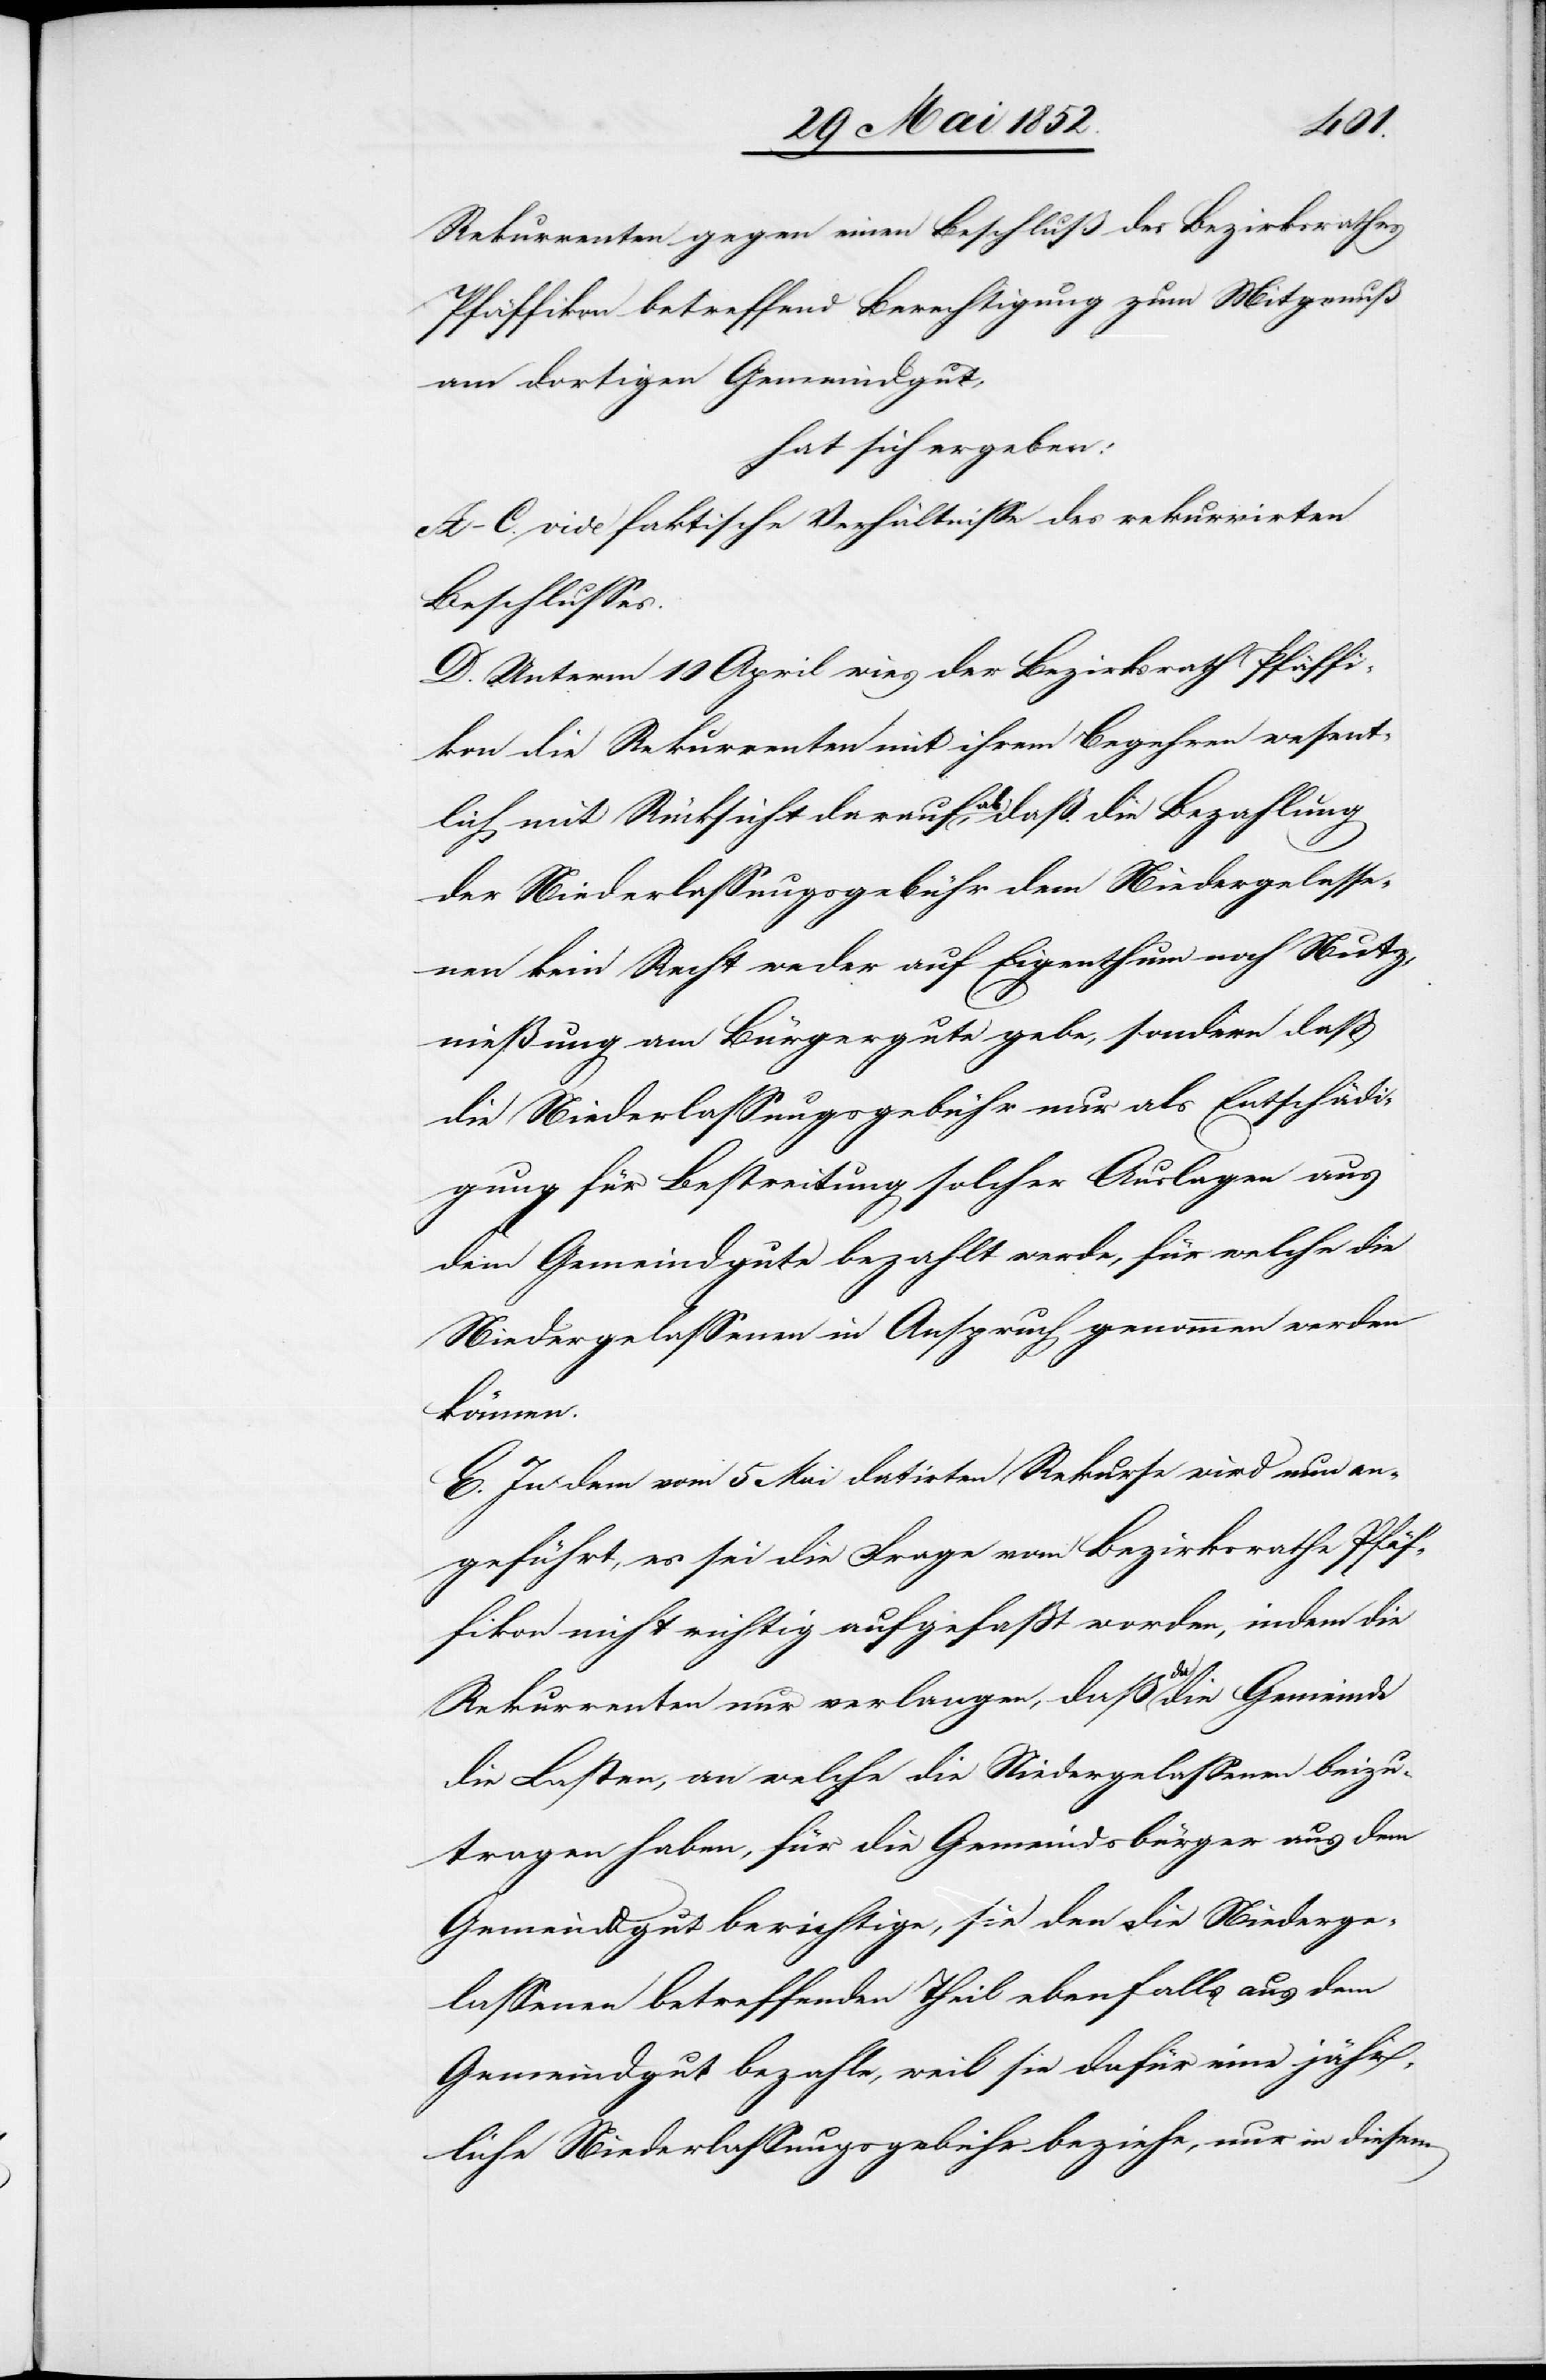
Rekurrenten gegen einen Beschluß des Bezirksrathes
Pfäffikon betreffend Berechtigung zum Mitgenuß
am dortigen Gemeindgut,
hat sich ergeben:
A–C. vide faktische Verhältnisse des rekurrirten
Beschlusses.
D. Unterm 10 April wies der Bezirksrath Pfäffi¬
kon die Rekurrenten mit ihrem Begehren wesent¬
lich mit Rücksicht darauf ab, daß die Bezahlung
der Niederlassungsgebühr dem Niedergelasse¬
nen kein Recht weder auf Eigenthum noch Nutz¬
nießung am Bürgergute gebe, sondern dass
die Niederlassungsgebühr nur als Entschädi¬
gung für Bestreitung solcher Auslagen aus
dem Gemeindgute bezahlt werde, für welche die
Niedergelassenen in Anspruch genommen werden
können.
E. In dem vom 5 Mai datirten Rekurse wird nun an¬
geführt, es sei die Frage vom Bezirksrathe Pfäf¬
fikon nicht richtig aufgefasst worden, indem die
Rekurrenten nur verlangen, daß da die Gemeinde
die Lasten, an welche die Niedergelassenen beizu¬
tragen haben, für die Gemeindsbürger aus dem
Gemeindgut berichtige, sie den die Niederge¬
lassenen betreffenden Theil ebenfalls aus dem
Gemeindgut bezahle, weil sie dafür eine jähr¬
liche Niederlassungsgebühr beziehe, nur in diesem